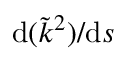
\mathrm { d } ( \tilde { k } ^ { 2 } ) / \mathrm { d } s